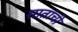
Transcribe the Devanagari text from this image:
सातांची